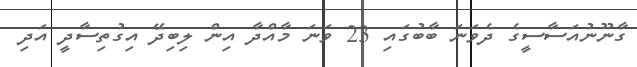
ގާނޫނުއަސާސީގެ ދެވަނަ ބާބުގައި 23 ވަނަ މާއްދާ އިން ލިބިދޭ އިގުތިސާދީ އަދި